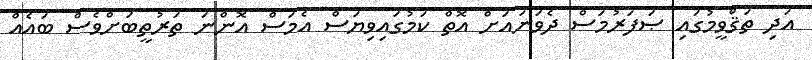
އަދި ތަޤްވީމުގައި ޞަފަރުމަސް ދެވަނައަށް އޮތް ކަމުގައިވިޔަސް އެމަސް އޮންނަ ތަރުތީބަށްވެސް ބައެއް